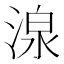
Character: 湶